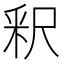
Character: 釈